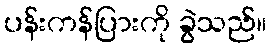
ပန်းကန်ပြားကို ခွဲသည်။